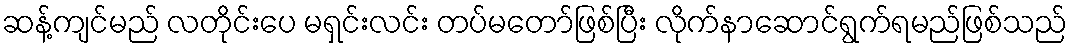
ဆန့်ကျင်မည် လတိုင်းပေ မရှင်းလင်း တပ်မတော်ဖြစ်ပြီး လိုက်နာဆောင်ရွက်ရမည်ဖြစ်သည်